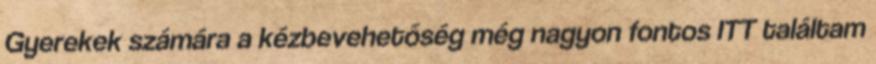
Gyerekek számára a kézbevehetőség még nagyon fontos ITT találtam